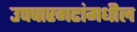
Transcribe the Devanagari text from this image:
उपचारगटांमधील